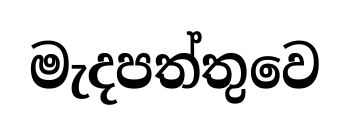
මැදපත්තුවෙ